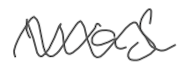
Text: was
Cross-out: wave
Writing tool: digital_gray